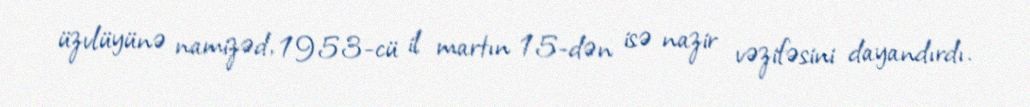
üzvlüyünə namizəd, 1953-cü il martın 15-dən isə nazir vəzifəsini dayandırdı.